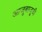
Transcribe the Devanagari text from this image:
आजूबाजू्ची